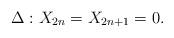
LaTeX: \begin{align*}\Delta: X_{2n} = X_{2n+1} = 0. \end{align*}